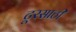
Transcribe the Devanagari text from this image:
टूरसाठी